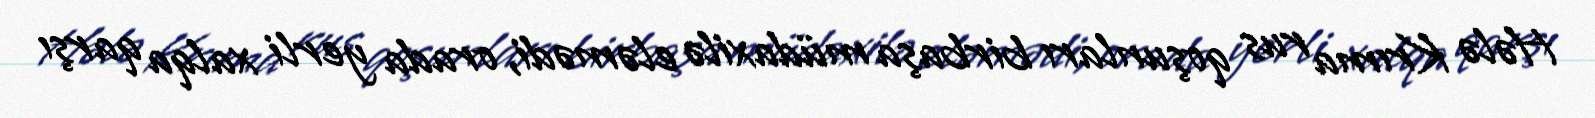
Hələ Krıma rus qoşunları birbaşa müdaxilə eləmədi, orada yerli xalqa qarşı